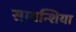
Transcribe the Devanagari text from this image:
सायन्शिया